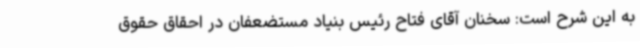
به این شرح است: سخنان آقای فتاح رئیس بنیاد مستضعفان در احقاق حقوق